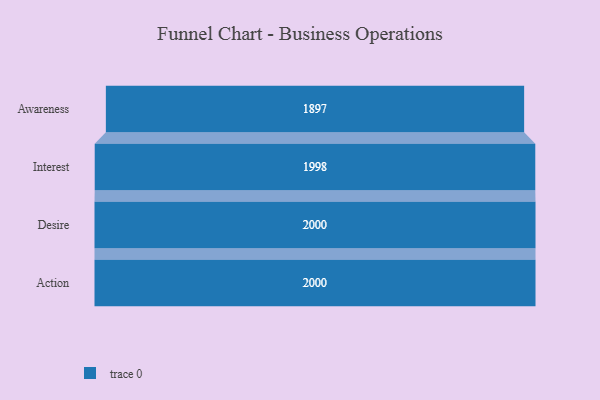
{"axis": {"x": "Stage", "y": "Value"}, "legend": [""], "data": [{"x": "Awareness", "y": 1897.0, "type": ""}, {"x": "Interest", "y": 1998.0, "type": ""}, {"x": "Desire", "y": 2000, "type": ""}, {"x": "Action", "y": 2000, "type": ""}]}